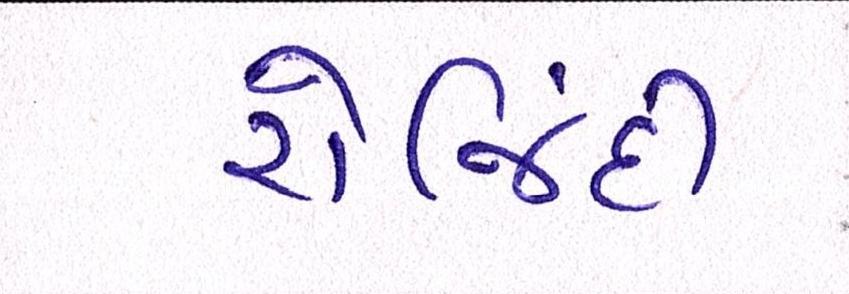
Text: રોજિંદી